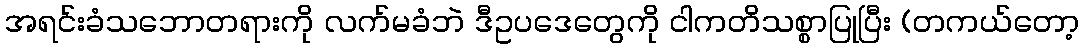
အရင်းခံသဘောတရားကို လက်မခံဘဲ ဒီဥပဒေတွေကို ငါကတိသစ္စာပြုပြီး (တကယ်တော့